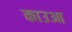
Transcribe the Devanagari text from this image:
काउआ